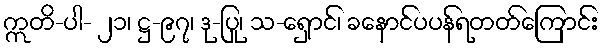
ဣတိ-ပါ- ၂၁၊ ဋ္ဌ-၉၇၊ ဒု-ပြု၊ သ-ရှောင်၊ ခနောင်ပပန်ရတတ်ကြောင်း